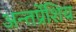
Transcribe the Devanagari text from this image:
अन्तर्प्रेशिय